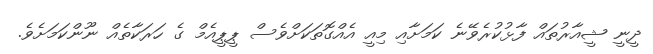
ދީނީ ޝީއާރުތައް ފާޅުކުރެވޭނެ ކަމަށާއި މިއީ އެއްގޮތަކަށްވެސް ޕީޕީއެމް ގެ ހަރަކާތެއް ނޫންކަމަށެވެ.